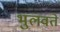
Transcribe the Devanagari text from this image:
भुलवते